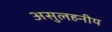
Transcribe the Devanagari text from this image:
असुलहनीय